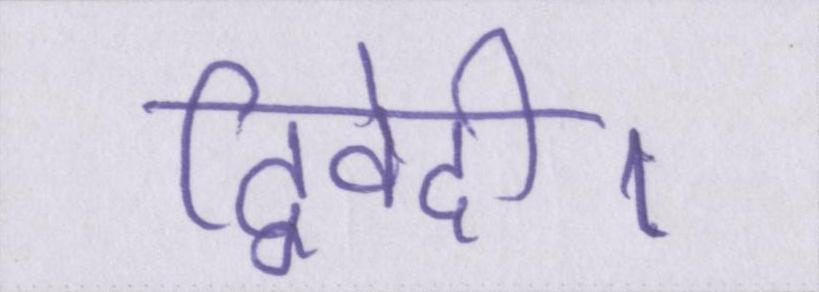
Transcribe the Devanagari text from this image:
द्विवेदी।